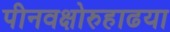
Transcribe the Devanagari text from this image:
पीनवक्षोरुहाढया